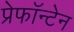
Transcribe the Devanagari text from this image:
प्रेफॉन्टेन